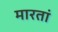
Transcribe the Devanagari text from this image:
मारतां